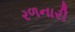
રળનારી